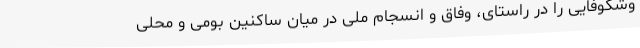
وشکوفایی را در راستای، وفاق و انسجام ملی در میان ساکنین بومی و محلی